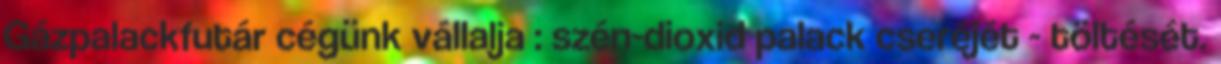
Gázpalackfutár cégünk vállalja : szén-dioxid palack cseréjét - töltését.